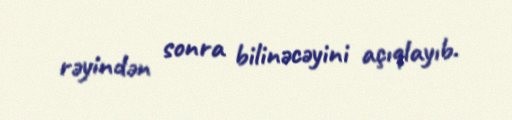
rəyindən sonra bilinəcəyini açıqlayıb.